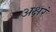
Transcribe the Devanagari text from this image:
अक्षरं